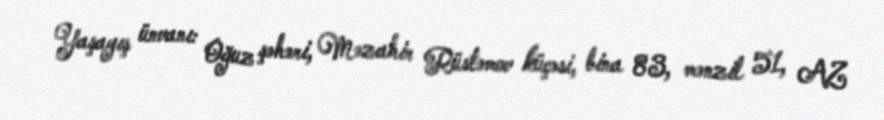
Yaşayış ünvanı: Oğuz şəhəri, Məzahir Rüstəmov küçəsi, bina 83, mənzil 51, AZ